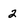
Character: 2